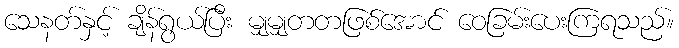
သေနတ်နှင့် ချိန်ရွယ်ပြီး မျှမျှတတဖြစ်အောင် ဝေခြမ်းပေးကြရသည်။